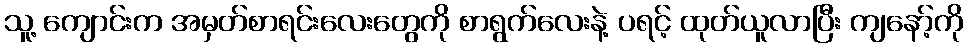
သူ့ ကျောင်းက အမှတ်စာရင်းလေးတွေကို စာရွက်လေးနဲ့ ပရင့် ထုတ်ယူလာပြီး ကျနော့်ကို